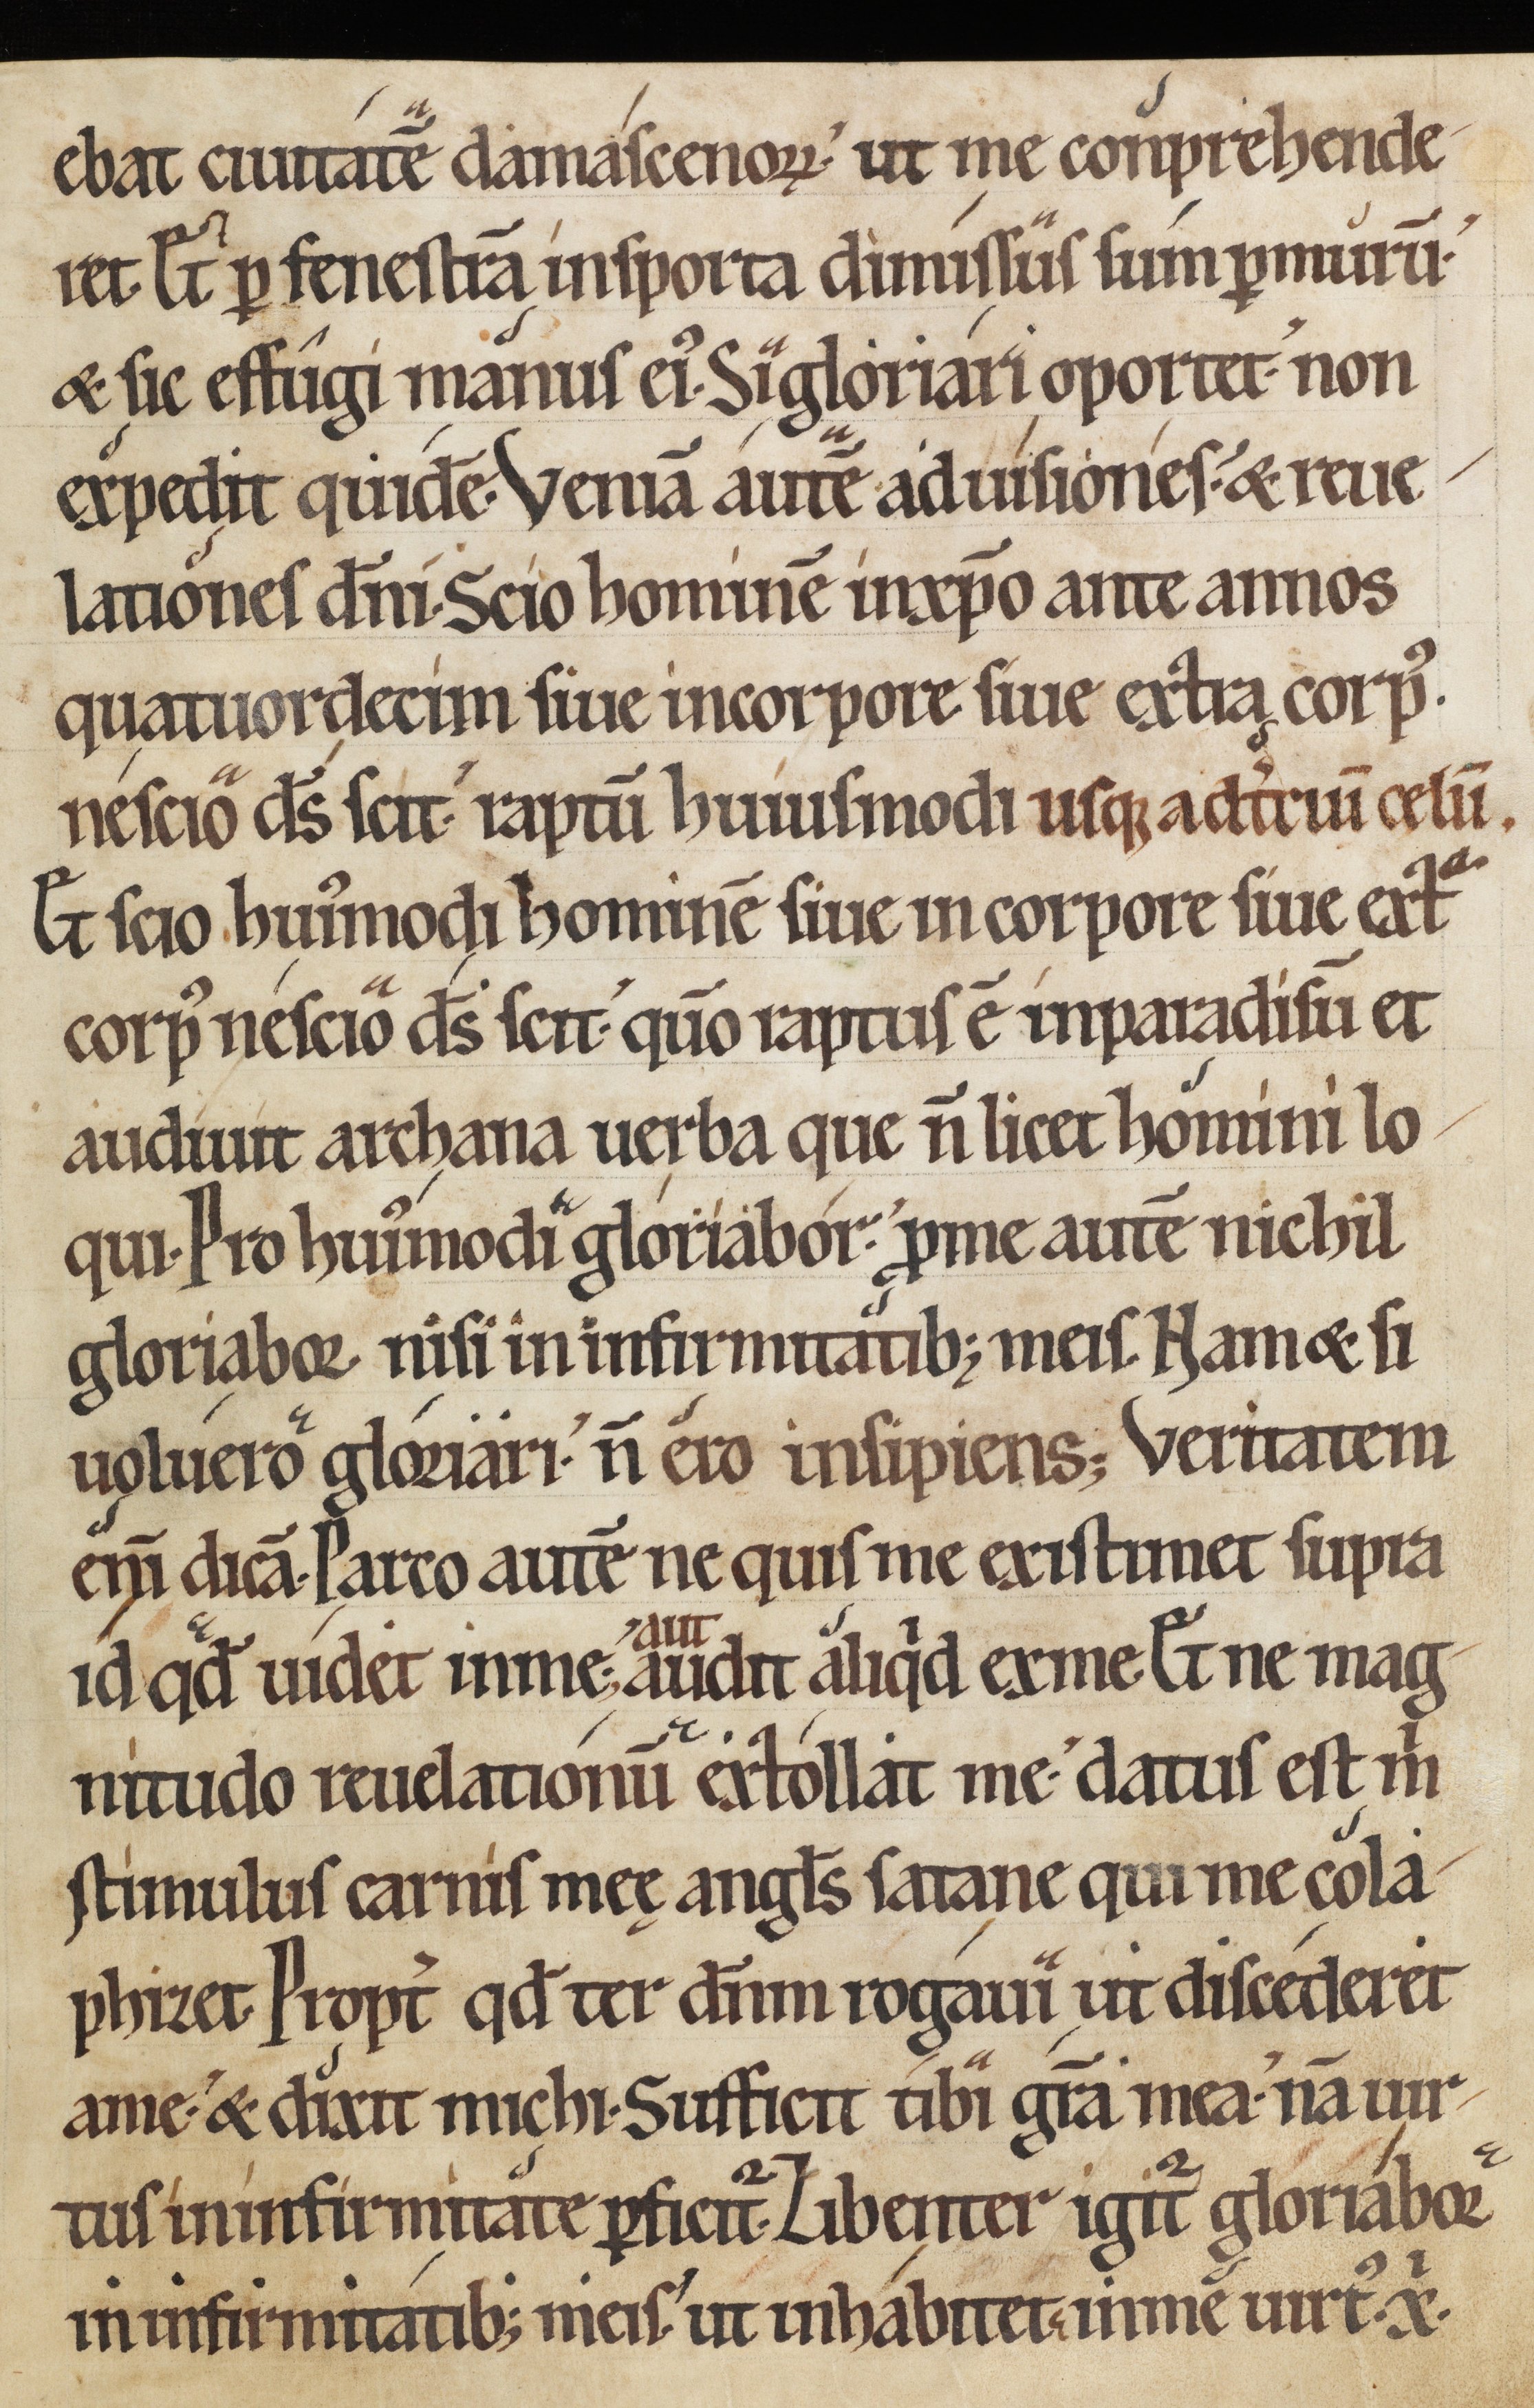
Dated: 1150–1199